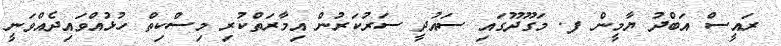
ރައީސް އަބްދު ޔާމީން ފ. މަގޫދޫގައި ސައުދީ ސަރުކަރުން އިމާރަތްކުރި މިސްކިތް ހުޅުއްވައިދެއްވަނީ